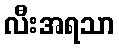
လီးအရသာ